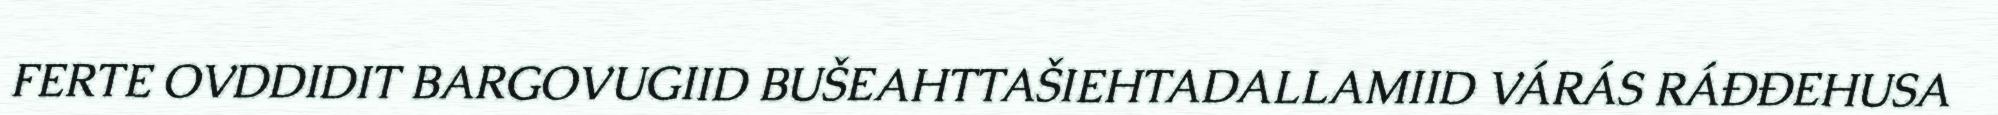
FERTE OVDDIDIT BARGOVUGIID BUŠEAHTTAŠIEHTADALLAMIID VÁRÁS RÁĐĐEHUSA